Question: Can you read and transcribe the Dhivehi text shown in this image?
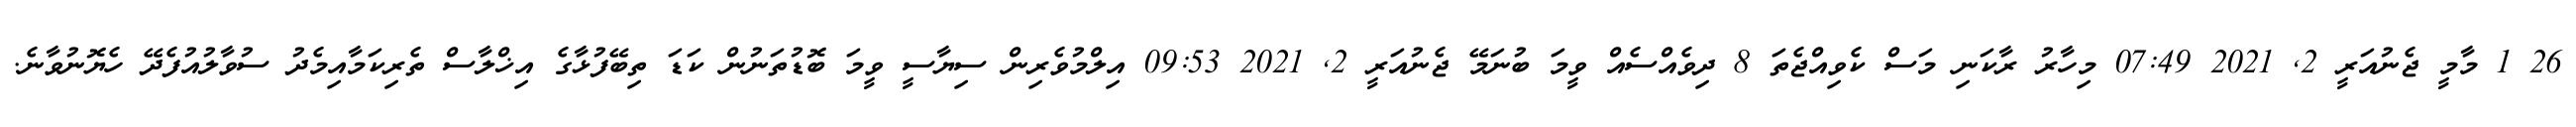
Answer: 26 1 މާމީ ޖެނުއަރީ 2, 2021 07:49 މިހާރު ރާކަނި މަސް ކެވިއްޖެތަ 8 ދިވެއްސެއް ވީމަ ބުނަމޭ ޖެނުއަރީ 2, 2021 09:53 އިލްމުވެރިން ސިޔާސީ ވީމަ ބޮޑުތަނުން ކަޑަ ތިބޭފުޅާގެ އިޚްލާސް ތެރިކަމާއިމެދު ސުވާލުއުފެދޭ ހެޔޮނުވާނެ.